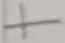
Text: +